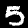
Label: 5